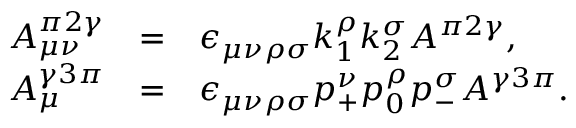
\begin{array} { r c l } { { \displaystyle { \cal A } _ { \mu \nu } ^ { \pi 2 \gamma } } } & { { = } } & { { \epsilon _ { \mu \nu \rho \sigma } k _ { 1 } ^ { \rho } k _ { 2 } ^ { \sigma } A ^ { \pi 2 \gamma } , } } \\ { { \displaystyle { \cal A } _ { \mu } ^ { \gamma 3 \pi } } } & { { = } } & { { \epsilon _ { \mu \nu \rho \sigma } p _ { + } ^ { \nu } p _ { 0 } ^ { \rho } p _ { - } ^ { \sigma } A ^ { \gamma 3 \pi } . } } \end{array}